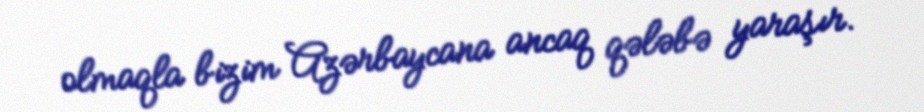
olmaqla bizim Azərbaycana ancaq qələbə yaraşır.